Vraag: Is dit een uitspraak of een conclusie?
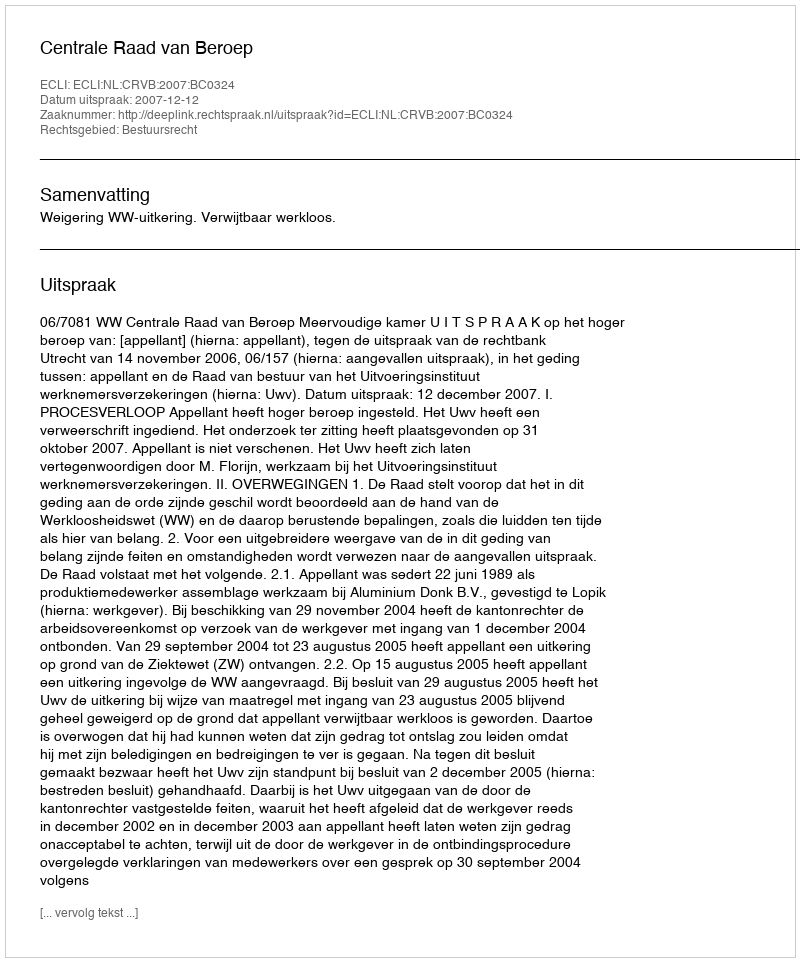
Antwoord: Uitspraak